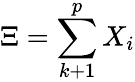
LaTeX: \Xi=\sum_{k+1}^{p}X_{i}